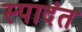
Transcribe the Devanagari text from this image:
स्पादंत